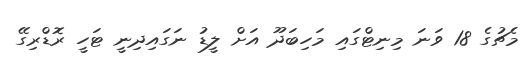
މެޗުގެ 18 ވަނަ މިނިޓްގައި މަހިބަދޫ އަށް ލީޑު ނަގައިދިނީ ޓަހީ ރޮޑްރިގޭ